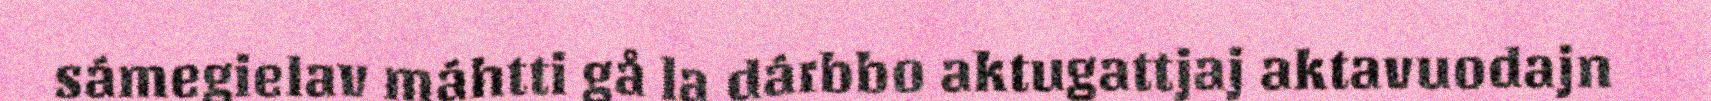
sámegielav máhtti gå la dárbbo aktugattjaj aktavuodajn